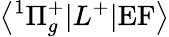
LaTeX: \left<^1\Pi_{g}^{+}|L^{+}|\mathrm{EF}\right>